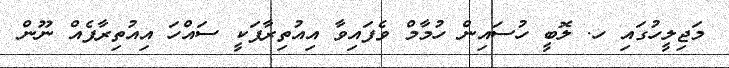
މަޖިލީހުގައި ހ. ލޮބީ ހުސައިން ހުމާމް ވެފައިވާ އިއުތިރާފަކީ ސައްހަ އިއުތިރާފެއް ނޫން